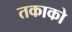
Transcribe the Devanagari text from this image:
तकाको